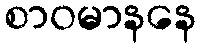
စာဝမာနနေ